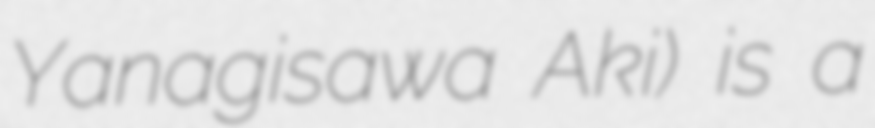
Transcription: Yanagisawa Aki) is a